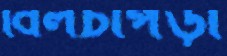
বিলচাপড়ী